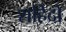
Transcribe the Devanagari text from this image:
शहिदो